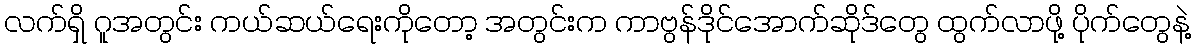
လက်ရှိ ဂူအတွင်း ကယ်ဆယ်ရေးကိုတော့ အတွင်းက ကာဗွန်ဒိုင်အောက်ဆိုဒ်တွေ ထွက်လာဖို့ ပိုက်တွေနဲ့